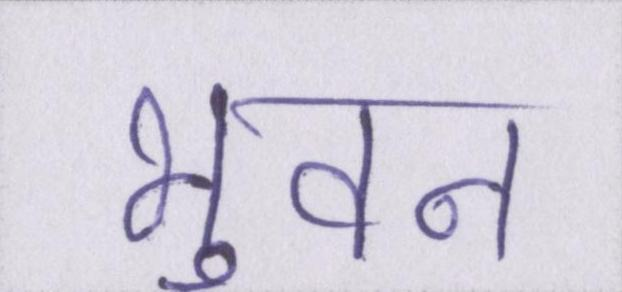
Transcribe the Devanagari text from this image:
भुवन